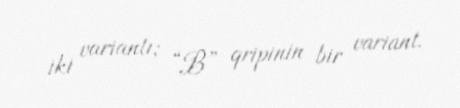
iki variantı; “B” qripinin bir variant.